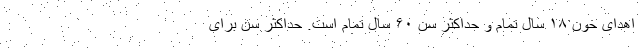
اهدای خون ۱۸ سال تمام و حداکثر سن ۶۰ سال تمام است. حداکثر سن برای